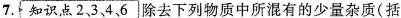
7.[知识点2、3、4、6]除去下列物质中所混有的少量杂质(括